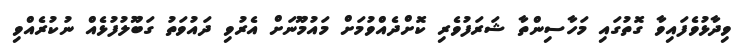
ވިދާޅުވެފައިވާ ގޮތުގައި މަހާސިންތާ ޝަރަފުވެރި ކޮށްދެއްވުމަށް މައުމޫނަށް އެރުވި ދައުވަތު ގަބޫލުފުޅެއް ނުކުރެއްވި